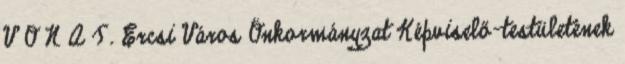
V O N A T. Ercsi Város Önkormányzat Képviselő-testületének